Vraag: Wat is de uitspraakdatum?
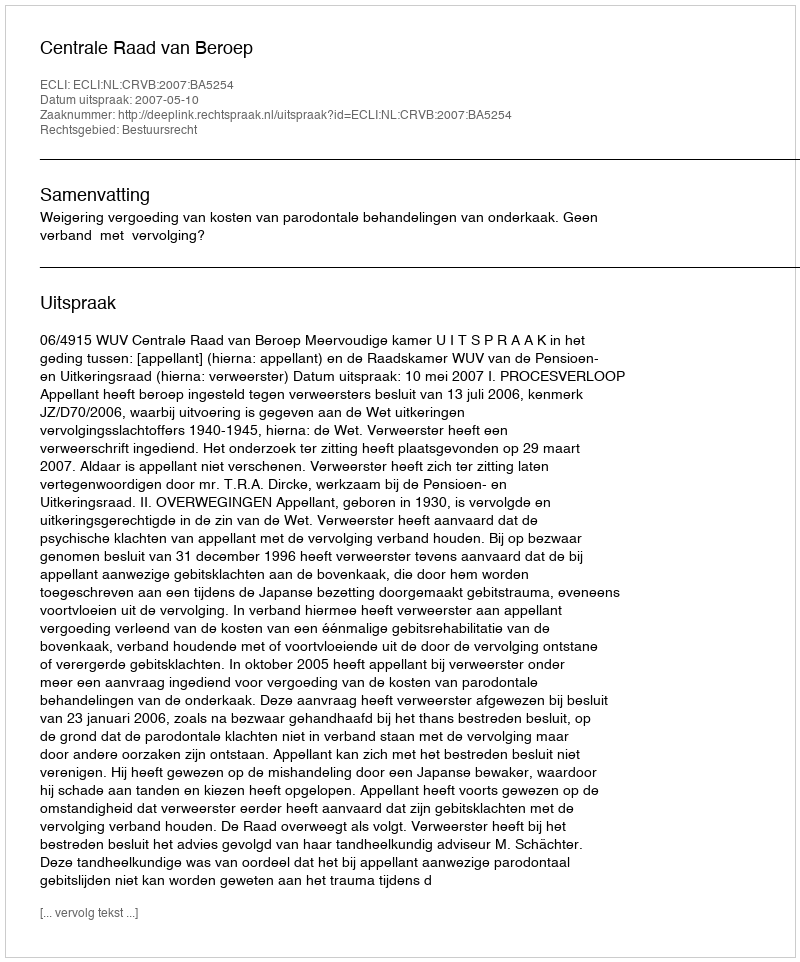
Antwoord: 2007-05-10